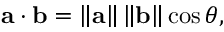
\mathbf { a \cdot b } = \left\| \mathbf { a } \right\| \left\| \mathbf { b } \right\| \cos \theta ,